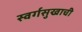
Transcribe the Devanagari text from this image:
स्वर्गसुखाची